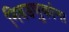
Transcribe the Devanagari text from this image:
निवडणुकांना